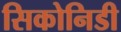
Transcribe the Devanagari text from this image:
सिकोनिडी